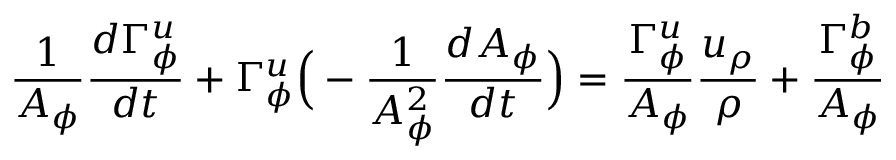
\frac { 1 } { A _ { \phi } } \frac { d \Gamma _ { \phi } ^ { u } } { d t } + \Gamma _ { \phi } ^ { u } \Big ( - \frac { 1 } { A _ { \phi } ^ { 2 } } \frac { d A _ { \phi } } { d t } \Big ) = \frac { \Gamma _ { \phi } ^ { u } } { A _ { \phi } } \frac { u _ { \rho } } { \rho } + \frac { \Gamma _ { \phi } ^ { b } } { A _ { \phi } }